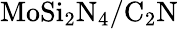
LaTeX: \mathrm{MoSi_{2}N_{4}/C_{2}N}